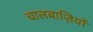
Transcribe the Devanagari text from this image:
चालबाज़ियों